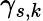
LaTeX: \gamma_{s,k}